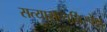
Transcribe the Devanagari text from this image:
सत्यासत्यनिरपेक्ष